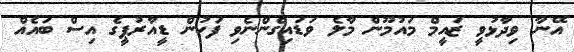
އޭނާ ވިދާޅުވީ ޒައީމް މައުމޫން މާލެ ވަޑައިގެންނެވި ފަހުން ޑީއާރުޕީގެ އިސް ބައެއް